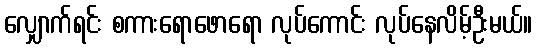
လျှောက်ရင်း စကားရောဖောရော လုပ်ကောင်း လုပ်နေလိမ့်ဦးမယ်။